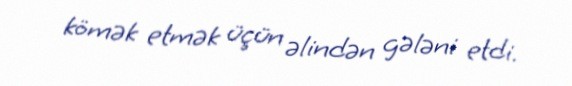
kömək etmək üçün əlindən gələni etdi.